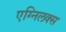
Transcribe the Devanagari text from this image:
एग्निलक्स